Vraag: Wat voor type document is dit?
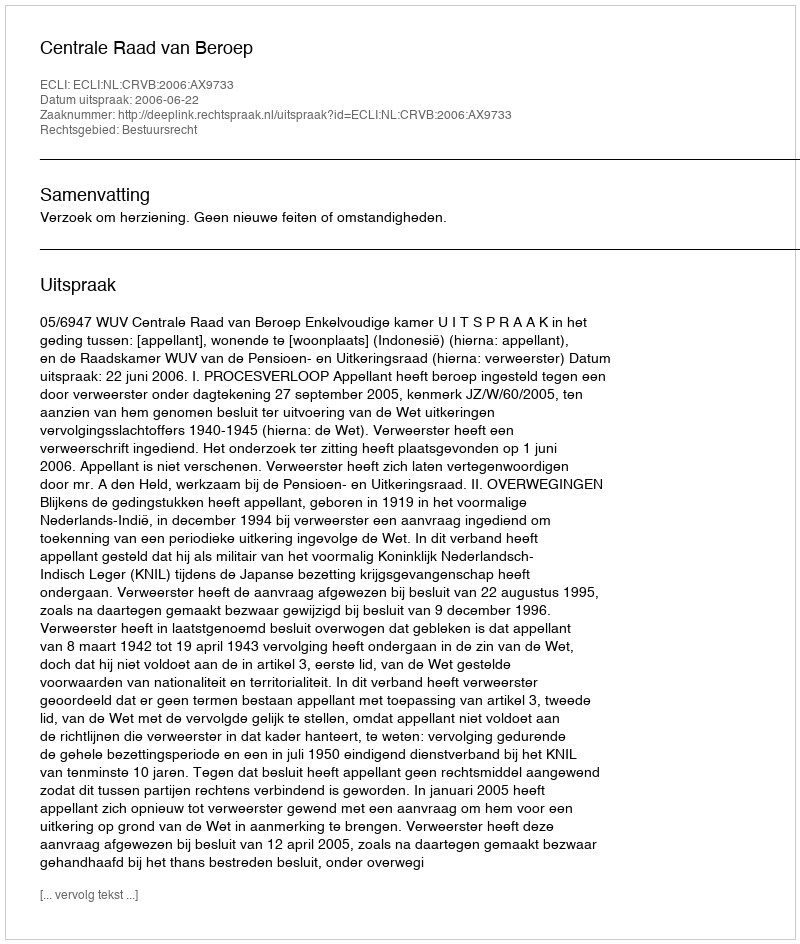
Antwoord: Uitspraak